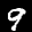
Label: 9